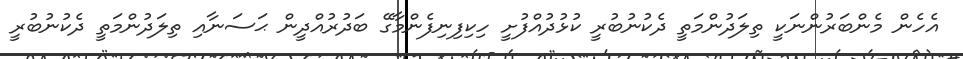
އެހެން މެންބަރުންނަކީ ތިލަދުންމަތީ ދެކުނުބުރީ ކުޅުދުއްފުށީ ހިކިފިނިފެންމާގޭ ބަދުރުއްދީން ޙަސަނާއި ތިލަދުންމަތީ ދެކުނުބުރީ